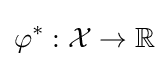
\varphi ^{*}:{\mathcal {X}}\to \mathbb {R}